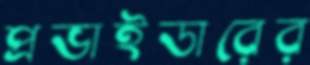
প্রভাইডারের